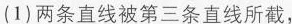
(1)两条直线被第三条直线所截，